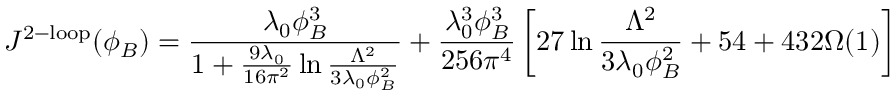
J ^ { \mathrm { 2 - l o o p } } ( \phi _ { B } ) = \frac { \lambda _ { 0 } \phi _ { B } ^ { 3 } } { 1 + \frac { 9 \lambda _ { 0 } } { 1 6 \pi ^ { 2 } } \ln \frac { \Lambda ^ { 2 } } { 3 \lambda _ { 0 } \phi _ { B } ^ { 2 } } } + \frac { \lambda _ { 0 } ^ { 3 } \phi _ { B } ^ { 3 } } { 2 5 6 \pi ^ { 4 } } \left[ 2 7 \ln \frac { \Lambda ^ { 2 } } { 3 \lambda _ { 0 } \phi _ { B } ^ { 2 } } + 5 4 + 4 3 2 \Omega ( 1 ) \right]